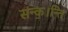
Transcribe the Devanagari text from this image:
संन्क॒।न्ति